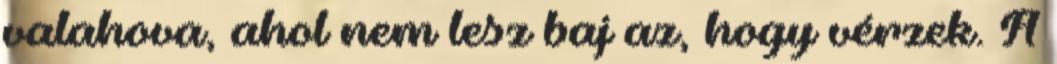
valahova, ahol nem lesz baj az, hogy vérzek. A